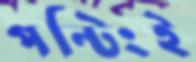
পন্টিংই